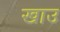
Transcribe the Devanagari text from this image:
खाउ